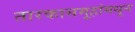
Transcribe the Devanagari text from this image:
तारकासमूहांमधून